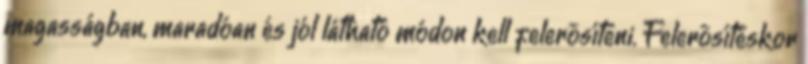
magasságban, maradóan és jól látható módon kell felerõsíteni. Felerõsítéskor